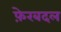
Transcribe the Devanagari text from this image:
फ़ेरबदल